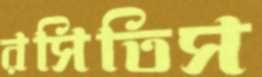
রসিতিস